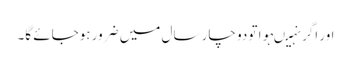
اور اگر نہیںہوا تو دو چار سال میں ضرور ہوجائے گا۔